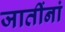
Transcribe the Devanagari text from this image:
जातींनां